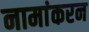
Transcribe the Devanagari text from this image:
नामांकरन